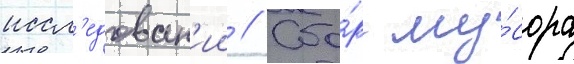
иссл'едован'ии // Сбо́р му́сора